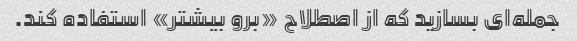
جمله‌ای بسازید که از اصطلاح «برو بیشتر» استفاده کند.